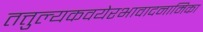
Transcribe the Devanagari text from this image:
तत्तुल्यकवयेरभावादनामिका